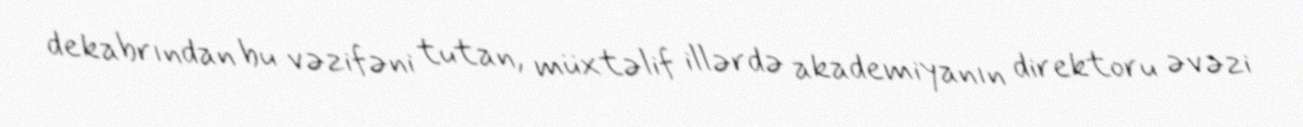
dekabrından bu vəzifəni tutan, müxtəlif illərdə akademiyanın direktoru əvəzi